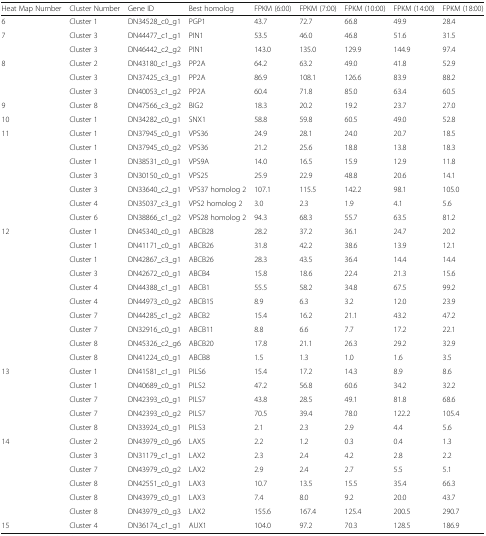
<table><thead><tr><td><b>Heat Map Number</b></td><td><b>Cluster Number</b></td><td><b>Gene ID</b></td><td><b>Best homolog</b></td><td><b>FPKM (6:00)</b></td><td><b>FPKM (7:00)</b></td><td><b>FPKM (10:00)</b></td><td><b>FPKM (14:00)</b></td><td><b>FPKM (18:00)</b></td></tr></thead><tbody><tr><td>6</td><td>Cluster 1</td><td>DN34528_c0_g1</td><td>PGP1</td><td>43.7</td><td>72.7</td><td>66.8</td><td>49.9</td><td>28.4</td></tr><tr><td rowspan="2">7</td><td>Cluster 3</td><td>DN44477_c1_g1</td><td>PIN1</td><td>53.5</td><td>46.0</td><td>46.8</td><td>51.6</td><td>31.5</td></tr><tr><td>Cluster 3</td><td>DN46442_c2_g2</td><td>PIN1</td><td>143.0</td><td>135.0</td><td>129.9</td><td>144.9</td><td>97.4</td></tr><tr><td rowspan="3">8</td><td>Cluster 2</td><td>DN43180_c1_g3</td><td>PP2A</td><td>64.2</td><td>63.2</td><td>49.0</td><td>41.8</td><td>52.9</td></tr><tr><td>Cluster 3</td><td>DN37425_c3_g1</td><td>PP2A</td><td>86.9</td><td>108.1</td><td>126.6</td><td>83.9</td><td>88.2</td></tr><tr><td>Cluster 3</td><td>DN40053_c1_g2</td><td>PP2A</td><td>60.4</td><td>71.8</td><td>85.0</td><td>63.4</td><td>60.5</td></tr><tr><td>9</td><td>Cluster 8</td><td>DN47566_c3_g2</td><td>BIG2</td><td>18.3</td><td>20.2</td><td>19.2</td><td>23.7</td><td>27.0</td></tr><tr><td>10</td><td>Cluster 1</td><td>DN34282_c0_g1</td><td>SNX1</td><td>58.8</td><td>59.8</td><td>60.5</td><td>49.0</td><td>52.8</td></tr><tr><td rowspan="7">11</td><td>Cluster 1</td><td>DN37945_c0_g1</td><td>VPS36</td><td>24.9</td><td>28.1</td><td>24.0</td><td>20.7</td><td>18.5</td></tr><tr><td>Cluster 1</td><td>DN37945_c0_g2</td><td>VPS36</td><td>21.2</td><td>25.6</td><td>18.8</td><td>13.8</td><td>18.3</td></tr><tr><td>Cluster 1</td><td>DN38531_c0_g1</td><td>VPS9A</td><td>14.0</td><td>16.5</td><td>15.9</td><td>12.9</td><td>11.8</td></tr><tr><td>Cluster 3</td><td>DN30150_c0_g1</td><td>VPS25</td><td>25.9</td><td>22.9</td><td>48.8</td><td>20.6</td><td>14.1</td></tr><tr><td>Cluster 3</td><td>DN33640_c2_g1</td><td>VPS37 homolog 2</td><td>107.1</td><td>115.5</td><td>142.2</td><td>98.1</td><td>105.0</td></tr><tr><td>Cluster 4</td><td>DN35037_c3_g1</td><td>VPS2 homolog 2</td><td>3.0</td><td>2.3</td><td>1.9</td><td>4.1</td><td>5.6</td></tr><tr><td>Cluster 6</td><td>DN38866_c1_g2</td><td>VPS28 homolog 2</td><td>94.3</td><td>68.3</td><td>55.7</td><td>63.5</td><td>81.2</td></tr><tr><td rowspan="10">12</td><td>Cluster 1</td><td>DN45340_c0_g1</td><td>ABCB28</td><td>28.2</td><td>37.2</td><td>36.1</td><td>24.7</td><td>20.2</td></tr><tr><td>Cluster 1</td><td>DN41171_c0_g1</td><td>ABCB26</td><td>31.8</td><td>42.2</td><td>38.6</td><td>13.9</td><td>12.1</td></tr><tr><td>Cluster 1</td><td>DN42867_c3_g1</td><td>ABCB26</td><td>28.3</td><td>43.5</td><td>36.4</td><td>14.4</td><td>14.4</td></tr><tr><td>Cluster 3</td><td>DN42672_c0_g1</td><td>ABCB4</td><td>15.8</td><td>18.6</td><td>22.4</td><td>21.3</td><td>15.6</td></tr><tr><td>Cluster 4</td><td>DN44388_c1_g1</td><td>ABCB1</td><td>55.5</td><td>58.2</td><td>34.8</td><td>67.5</td><td>99.2</td></tr><tr><td>Cluster 4</td><td>DN44973_c0_g2</td><td>ABCB15</td><td>8.9</td><td>6.3</td><td>3.2</td><td>12.0</td><td>23.9</td></tr><tr><td>Cluster 7</td><td>DN44285_c1_g2</td><td>ABCB2</td><td>15.4</td><td>16.2</td><td>21.1</td><td>43.2</td><td>47.2</td></tr><tr><td>Cluster 7</td><td>DN32916_c0_g1</td><td>ABCB11</td><td>8.8</td><td>6.6</td><td>7.7</td><td>17.2</td><td>22.1</td></tr><tr><td>Cluster 8</td><td>DN45326_c2_g6</td><td>ABCB20</td><td>17.8</td><td>21.1</td><td>26.3</td><td>29.2</td><td>32.9</td></tr><tr><td>Cluster 8</td><td>DN41224_c0_g1</td><td>ABCB8</td><td>1.5</td><td>1.3</td><td>1.0</td><td>1.6</td><td>3.5</td></tr><tr><td rowspan="5">13</td><td>Cluster 1</td><td>DN41581_c1_g1</td><td>PILS6</td><td>15.4</td><td>17.2</td><td>14.3</td><td>8.9</td><td>8.6</td></tr><tr><td>Cluster 1</td><td>DN40689_c0_g1</td><td>PILS2</td><td>47.2</td><td>56.8</td><td>60.6</td><td>34.2</td><td>32.2</td></tr><tr><td>Cluster 7</td><td>DN42393_c0_g1</td><td>PILS7</td><td>43.8</td><td>28.5</td><td>49.1</td><td>81.8</td><td>68.6</td></tr><tr><td>Cluster 7</td><td>DN42393_c0_g2</td><td>PILS7</td><td>70.5</td><td>39.4</td><td>78.0</td><td>122.2</td><td>105.4</td></tr><tr><td>Cluster 8</td><td>DN33924_c0_g1</td><td>PILS3</td><td>2.1</td><td>2.3</td><td>2.9</td><td>4.4</td><td>5.6</td></tr><tr><td rowspan="6">14</td><td>Cluster 2</td><td>DN43979_c0_g6</td><td>LAX5</td><td>2.2</td><td>1.2</td><td>0.3</td><td>0.4</td><td>1.3</td></tr><tr><td>Cluster 3</td><td>DN31179_c1_g1</td><td>LAX2</td><td>2.3</td><td>2.4</td><td>4.2</td><td>2.8</td><td>2.2</td></tr><tr><td>Cluster 7</td><td>DN43979_c0_g2</td><td>LAX2</td><td>2.9</td><td>2.4</td><td>2.7</td><td>5.5</td><td>5.1</td></tr><tr><td>Cluster 8</td><td>DN42551_c0_g1</td><td>LAX3</td><td>10.7</td><td>13.5</td><td>15.5</td><td>35.4</td><td>66.3</td></tr><tr><td>Cluster 8</td><td>DN43979_c0_g1</td><td>LAX3</td><td>7.4</td><td>8.0</td><td>9.2</td><td>20.0</td><td>43.7</td></tr><tr><td>Cluster 8</td><td>DN43979_c0_g3</td><td>LAX2</td><td>155.6</td><td>167.4</td><td>125.4</td><td>200.5</td><td>290.7</td></tr><tr><td>15</td><td>Cluster 4</td><td>DN36174_c1_g1</td><td>AUX1</td><td>104.0</td><td>97.2</td><td>70.3</td><td>128.5</td><td>186.9</td></tr></tbody></table>